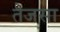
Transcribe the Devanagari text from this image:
तेजसा